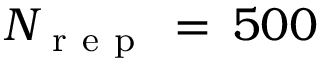
N _ { \mathrm { ~ r ~ e ~ p ~ } } \, = \, 5 0 0